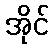
အိုင်